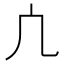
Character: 凣